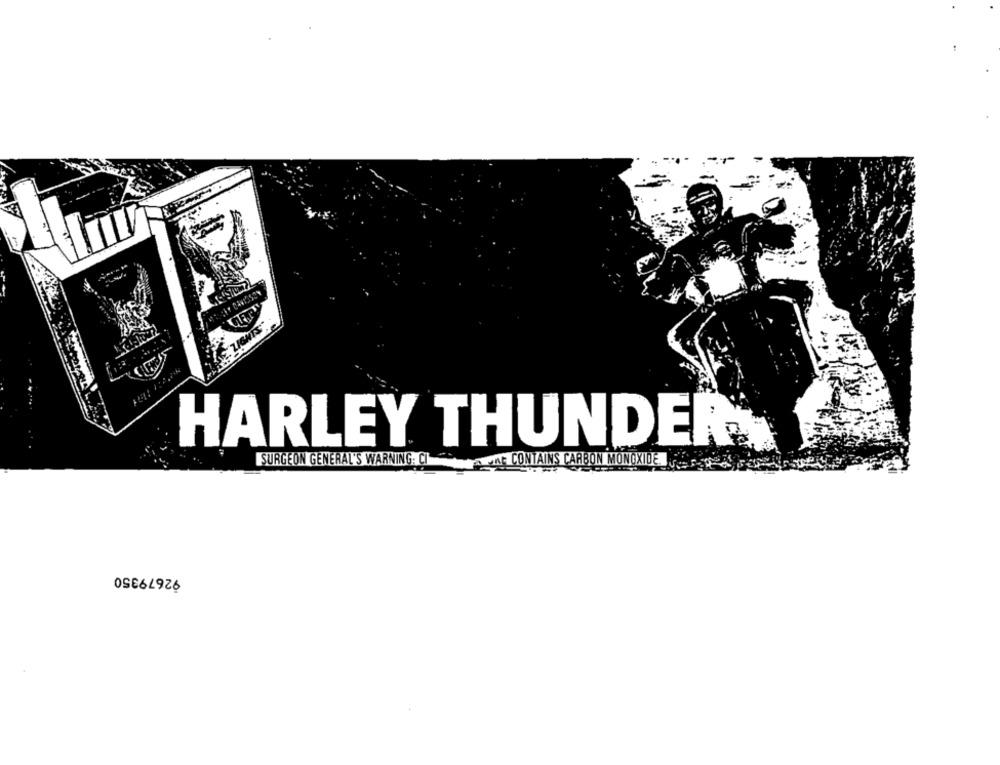
HARLEY THUNDER }
SURGEON GENERAL'S WARNING: CI
FAUNE CONTAINS CARBON MONOXIDE
92679350